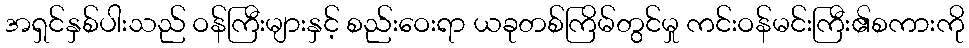
အရှင်နှစ်ပါးသည် ဝန်ကြီးများနှင့် စည်းဝေးရာ ယခုတစ်ကြိမ်တွင်မှု ကင်းဝန်မင်းကြီး၏စကားကို